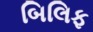
બિલિફ